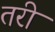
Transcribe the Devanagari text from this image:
तरी